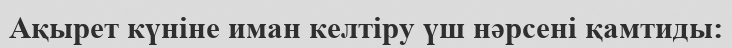
Ақырет күніне иман келтіру үш нәрсені қамтиды: